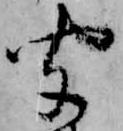
聞